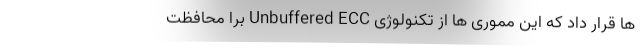
ها قرار داد که این مموری ها از تکنولوژی Unbuffered ECC برا محافظت